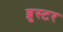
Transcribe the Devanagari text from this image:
ब्रुस्टर